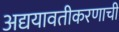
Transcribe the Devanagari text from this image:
अद्ययावतीकरणाची